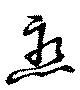
恋